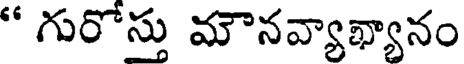
" గురోస్తు మౌనవ్యాఖ్యానం